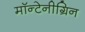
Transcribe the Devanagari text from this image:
मॉन्टेनीग्रिन